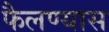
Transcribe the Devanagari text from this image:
फैलण्यास